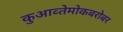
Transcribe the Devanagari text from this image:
कुआव्तेमोकबरोबर